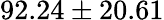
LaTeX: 92.24\pm 20.61